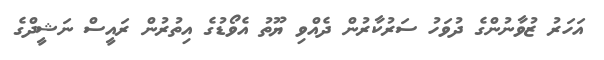
އަހަރު ޒުވާނުންގެ ދުވަހު ސަރުކާރުން ދެއްވި ޔޫތު އެވޯޑުގެ އިތުރުން ރައީސް ނަޝީދްގެ